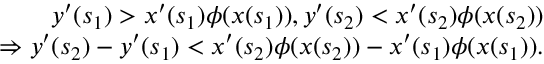
\begin{array} { r } { y ^ { \prime } ( s _ { 1 } ) > x ^ { \prime } ( s _ { 1 } ) \phi ( x ( s _ { 1 } ) ) , y ^ { \prime } ( s _ { 2 } ) < x ^ { \prime } ( s _ { 2 } ) \phi ( x ( s _ { 2 } ) ) } \\ { \Rightarrow y ^ { \prime } ( s _ { 2 } ) - y ^ { \prime } ( s _ { 1 } ) < x ^ { \prime } ( s _ { 2 } ) \phi ( x ( s _ { 2 } ) ) - x ^ { \prime } ( s _ { 1 } ) \phi ( x ( s _ { 1 } ) ) . } \end{array}